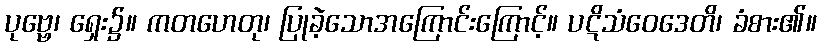
ပုဗ္ဗေ၊ ရှေး၌။ ကတဟေတု၊ ပြုခဲ့သောအကြောင်းကြောင့်။ ပဋိသံဝေဒေတိ၊ ခံစား၏။